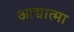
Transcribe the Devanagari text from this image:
आद्यात्मा